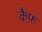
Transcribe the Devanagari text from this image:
क़ैफ़